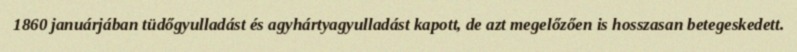
1860 januárjában tüdőgyulladást és agyhártyagyulladást kapott, de azt megelőzően is hosszasan betegeskedett.